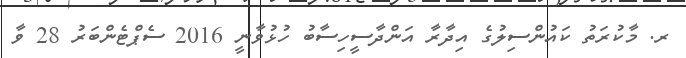
ރ. މާކުރަތު ކައުންސިލުގެ އިދާރާ އަންދާސީހިސާބު ހުޅުވާނީ 2016 ސެޕްޓެންބަރު 28 ވާ